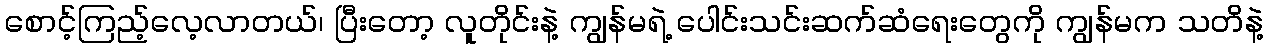
စောင့်ကြည့်လေ့လာတယ်၊ ပြီးတော့ လူတိုင်းနဲ့ ကျွန်မရဲ့ ပေါင်းသင်းဆက်ဆံရေးတွေကို ကျွန်မက သတိနဲ့